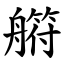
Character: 䒀